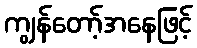
ကျွန်တော့်အနေဖြင့်